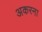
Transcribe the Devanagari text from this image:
अकरना